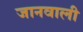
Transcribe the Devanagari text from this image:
जानवाली